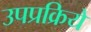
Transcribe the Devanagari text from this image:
उपप्रक्रिये